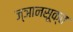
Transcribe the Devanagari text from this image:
ज्ञानसूक्त